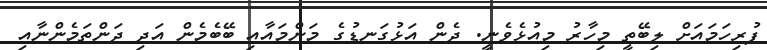
ފުރިހަމައަށް ލިބޭތީ މިހާރު މިއުޅެވެނީ. ދެން އަޅުގަނޑުގެ މަންމައާއި ބޭބެމެން އަދި ދަންތަމެންނާއި